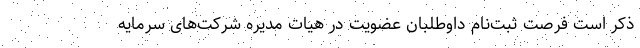
ذکر است فرصت ثبت‌نام داوطلبان عضویت در هیات مدیره شرکت‌های سرمایه